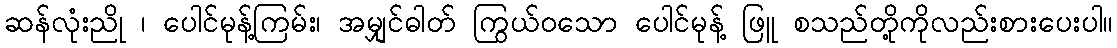
ဆန်လုံးညို ၊ ပေါင်မုန့်ကြမ်း၊ အမျှင်ဓါတ် ကြွယ်ဝသော ပေါင်မုန့် ဖြူ စသည်တို့ကိုလည်းစားပေးပါ။